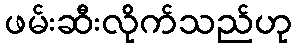
ဖမ်းဆီးလိုက်သည်ဟု